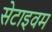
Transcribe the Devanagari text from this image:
सेटाइवम